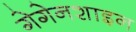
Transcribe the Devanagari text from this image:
गेगेनशाइन